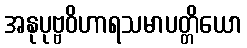
အနုပုဗ္ဗဝိဟာရသမာပတ္တိယော